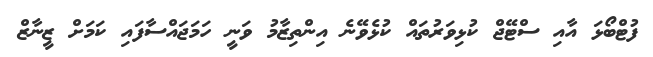
ފުޓްބޯޅަ އާއި ސްޓޭޖް ކުޅިވަރުތައް ކުޅެވޭނެ އިންތިޒާމު ވަނީ ހަމަޖައްސާފައި ކަމަށް ޒީނާޒް